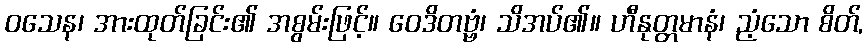
ဝသေန၊ အားထုတ်ခြင်း၏ အစွမ်းဖြင့်။ ဝေဒိတဗ္ဗံ၊ သိအပ်၏။ ဟီနုတ္တမာနံ၊ ညံ့သော စိတ်,